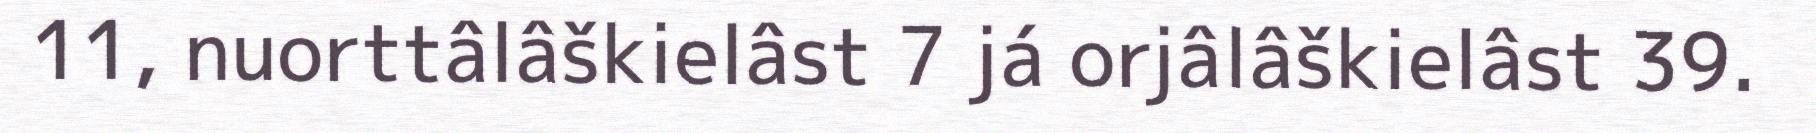
11, nuorttâlâškielâst 7 já orjâlâškielâst 39.